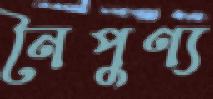
নৈপুণ্য